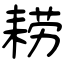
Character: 耢